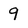
Character: 9